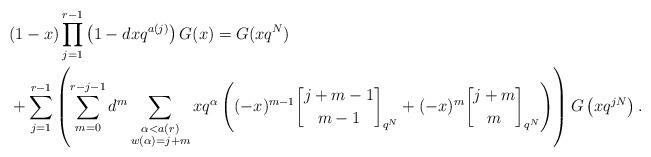
LaTeX: \begin{align*}&(1-x) \prod_{j=1}^{r-1} \left(1-dxq^{a(j)}\right) G(x) = G(xq^N) \\&+ \sum_{j=1}^{r-1} \left( \sum_{m=0}^{r-j-1} d^m \sum_{\substack{\alpha < a(r) \\ w(\alpha)=j+m}} xq^{\alpha} \left( (-x)^{m-1} {j+m-1 \brack m-1}_{q^N} + (-x)^m {j+m \brack m}_{q^N} \right) \right) G\left(xq^{jN}\right).\end{align*}